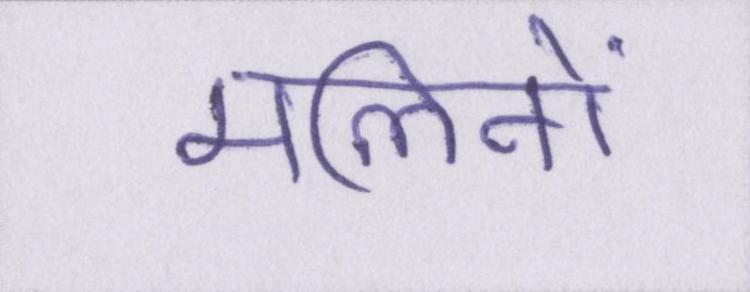
मलिनों